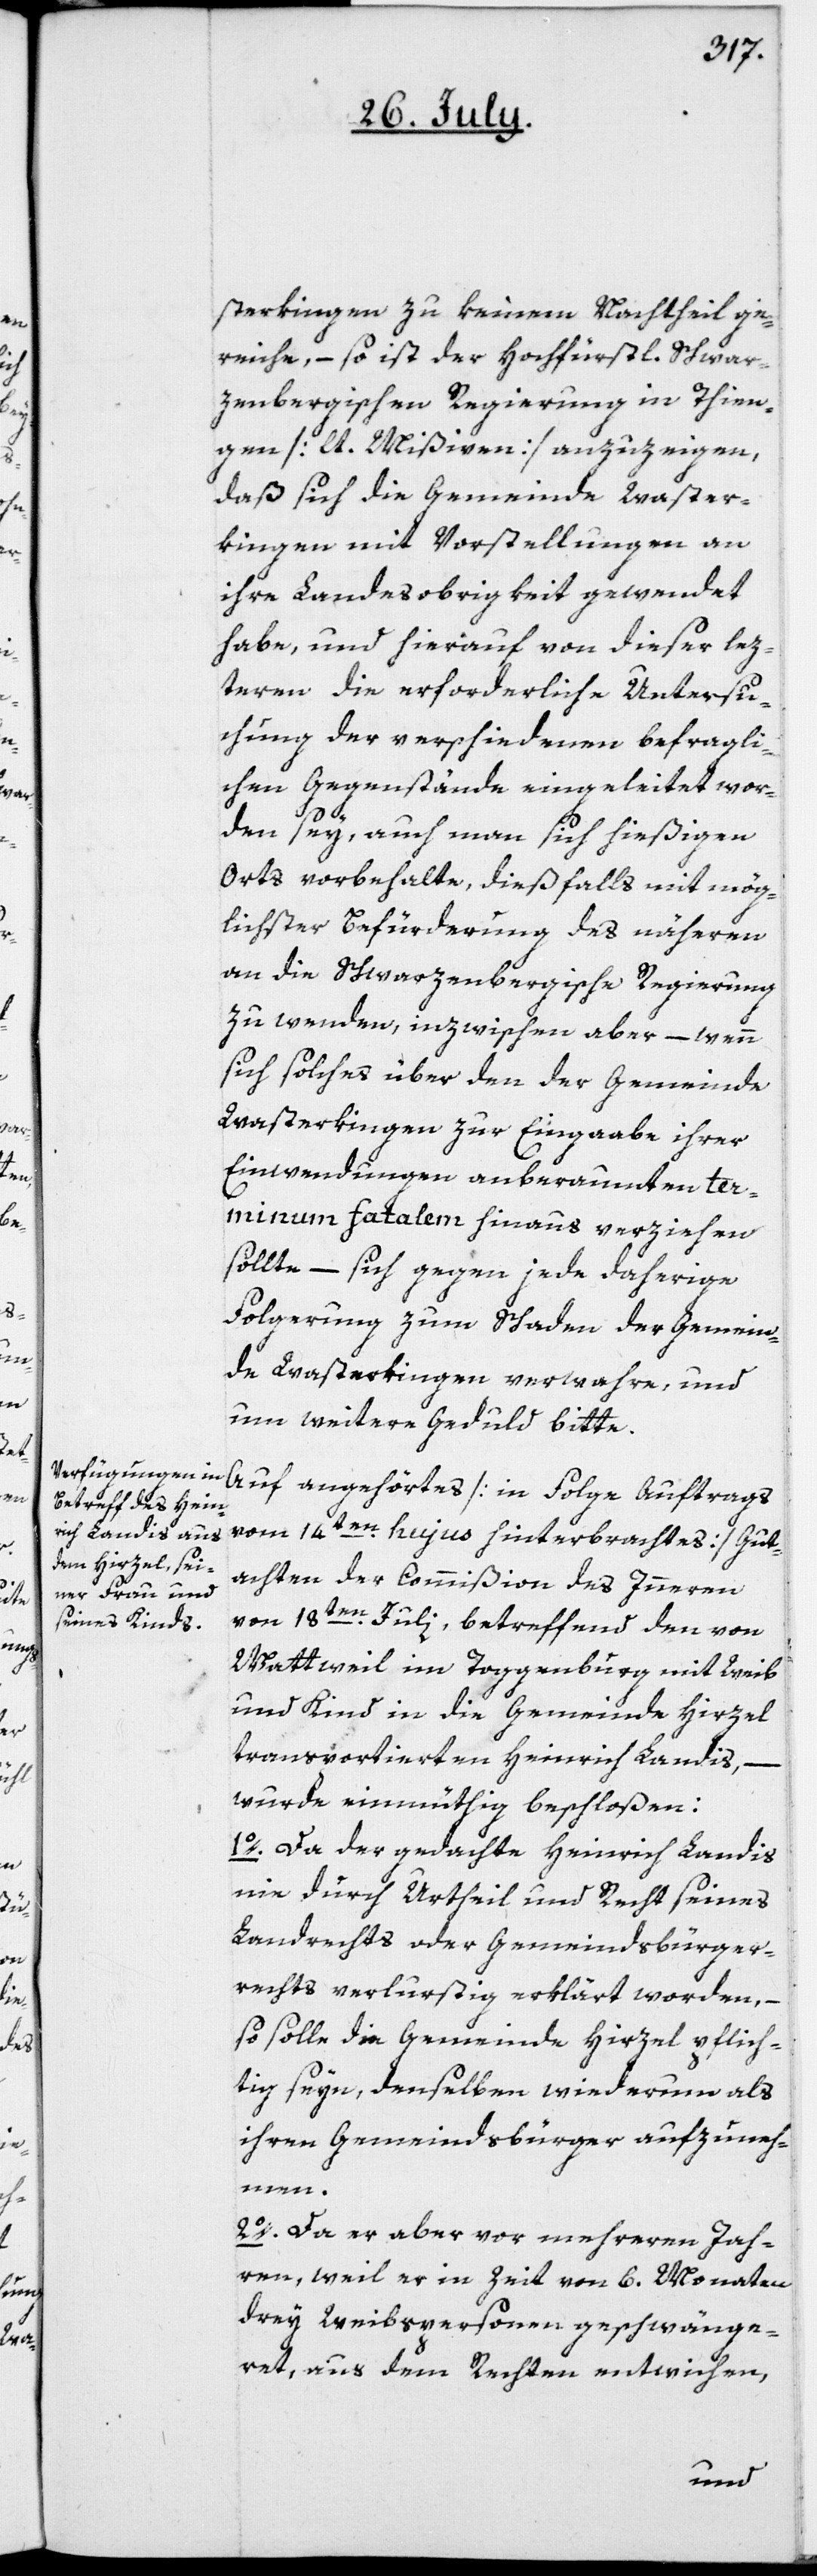
sterkingen zu keinem Nachtheil ge¬
reiche, – so ist der Hochfürstl. Schwar¬
zenbergischen Regierung in Thien¬
gen [lt. Mißiven] anzuzeigen,
daß sich die Gemeinde Waster¬
kingen mit Vorstellungen an
ihre Landesobrigkeit gewendet
habe, und hierauf von dieser lez¬
teren die erforderliche Untersu¬
chung der verschiedenen befragli¬
chen Gegenstände eingeleitet wor¬
den sey, auch man sich hießigen
Orts vorbehalte, dießfalls mit mög¬
lichster Befürderung des näheren
an die Schwarzenbergische Regierung
zu wenden, inzwischen aber – wenn
sich solches über den der Gemeinde
Wasterkingen zur Eingaabe ihrer
Einwendungen anberaumten te¬
rminum fatalem hinaus verziehen
sollte – sich gegen jede daherige
Folgerung zum Schaden der Gemein¬
de Wasterkingen verwahre, und
um weitere Geduld bitte.
Auf angehörtes [in Folge Auftrags
vom 14ten hujus hinterbrachtes] Gut¬
achten der Commißion des Innern
vom 18ten Julii, betreffend den von
Wattweil im Toggenburg mit Weib
und Kind in die Gemeinde Hirzel
transportierten Heinrich Landis,–
wurde einmüthig beschloßen:
1o. Da der gedachte Heinrich Landis
nie durch Urtheil und Recht seines
Landrechts oder Gemeindsbürger¬
rechts verlustig erklärt worden, –
so solle die Gemeinde Hirzel pflich¬
tig seyn, denselben wiederum als
ihren Gemeindsbürger aufzuneh¬
men.
2o. Da er aber vor mehreren Jah¬
ren, weil er in Zeit von 6. Monaten
drey Weibspersonen geschwänge¬
ret, aus dem Rechten entwichen,